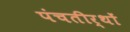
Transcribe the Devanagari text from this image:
पंचतीर्थों